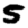
Digit: 5